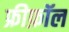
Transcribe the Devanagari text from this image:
फ्रीफ़ॉल